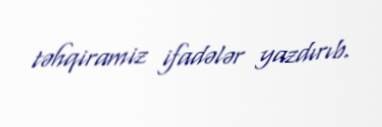
təhqiramiz ifadələr yazdırıb.